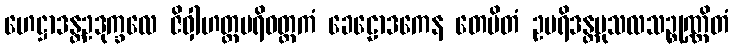
ဟေဋ္ဌာဒန္တဥဒုက္ခလေ ဇိဝှါဟတ္ထပရိဝတ္တကံ ခေဠောဒကေန တေမိတံ ဥပရိဒန္တမုသလသဉ္စုဏ္ဏိတံ